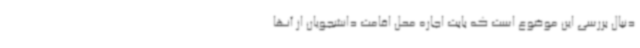
دنبال بررسی این موضوع است که بابت اجاره محل اقامت دانشجویان از آنها